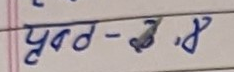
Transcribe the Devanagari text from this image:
पd - १.४